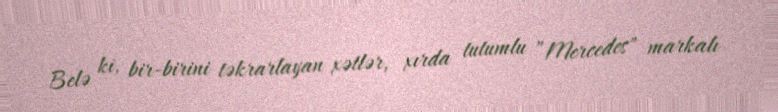
Belə ki, bir-birini təkrarlayan xətlər, xırda tutumlu ”Mercedes" markalı